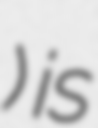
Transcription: देवटोली) is